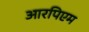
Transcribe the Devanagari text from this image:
आरपिएम